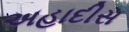
અહાદીસ